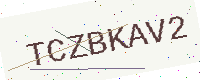
Text: TCZBKAV2